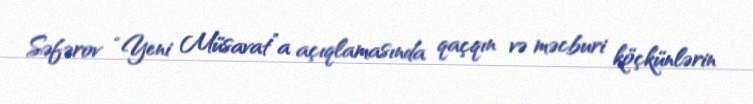
Səfərov “Yeni Müsavat”a açıqlamasında qaçqın və məcburi köçkünlərin